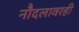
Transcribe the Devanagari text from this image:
नौदलावरही